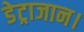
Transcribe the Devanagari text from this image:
डेट्राजान।